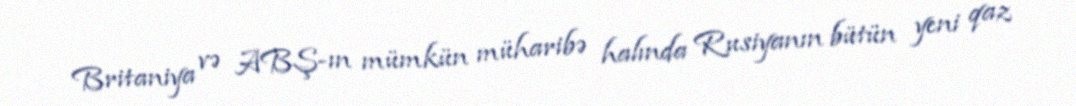
Britaniya və ABŞ-ın mümkün müharibə halında Rusiyanın bütün yeni qaz